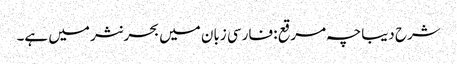
شرح دیباچہ مرقع : فارسی زبان میں بحر نثر میں ہے۔